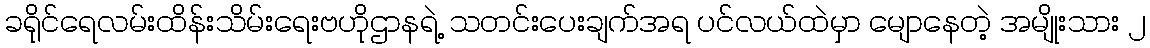
ခရိုင်ရေလမ်းထိန်းသိမ်းရေးဗဟိုဌာနရဲ့ သတင်းပေးချက်အရ ပင်လယ်ထဲမှာ မျောနေတဲ့ အမျိုးသား ၂